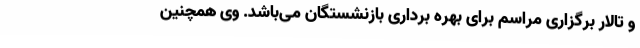
و تالار برگزاری مراسم برای بهره برداری بازنشستگان می‌باشد. وی همچنین